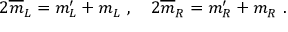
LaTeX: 2 \overline { { { m } } } _ { L } = m _ { L } ^ { \prime } + m _ { L } \ , \ \ \ 2 \overline { { { m } } } _ { R } = m _ { R } ^ { \prime } + m _ { R } \ .